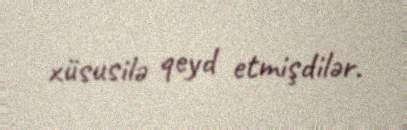
xüsusilə qeyd etmişdilər.